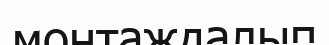
монтаждалып